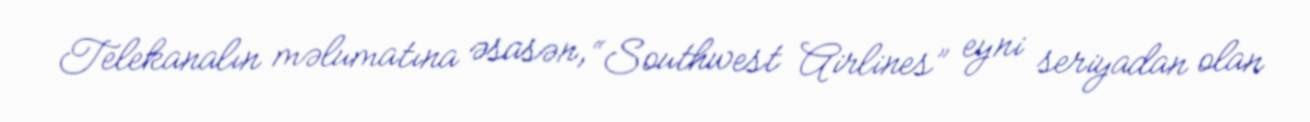
Telekanalın məlumatına əsasən, “Southwest Airlines” eyni seriyadan olan